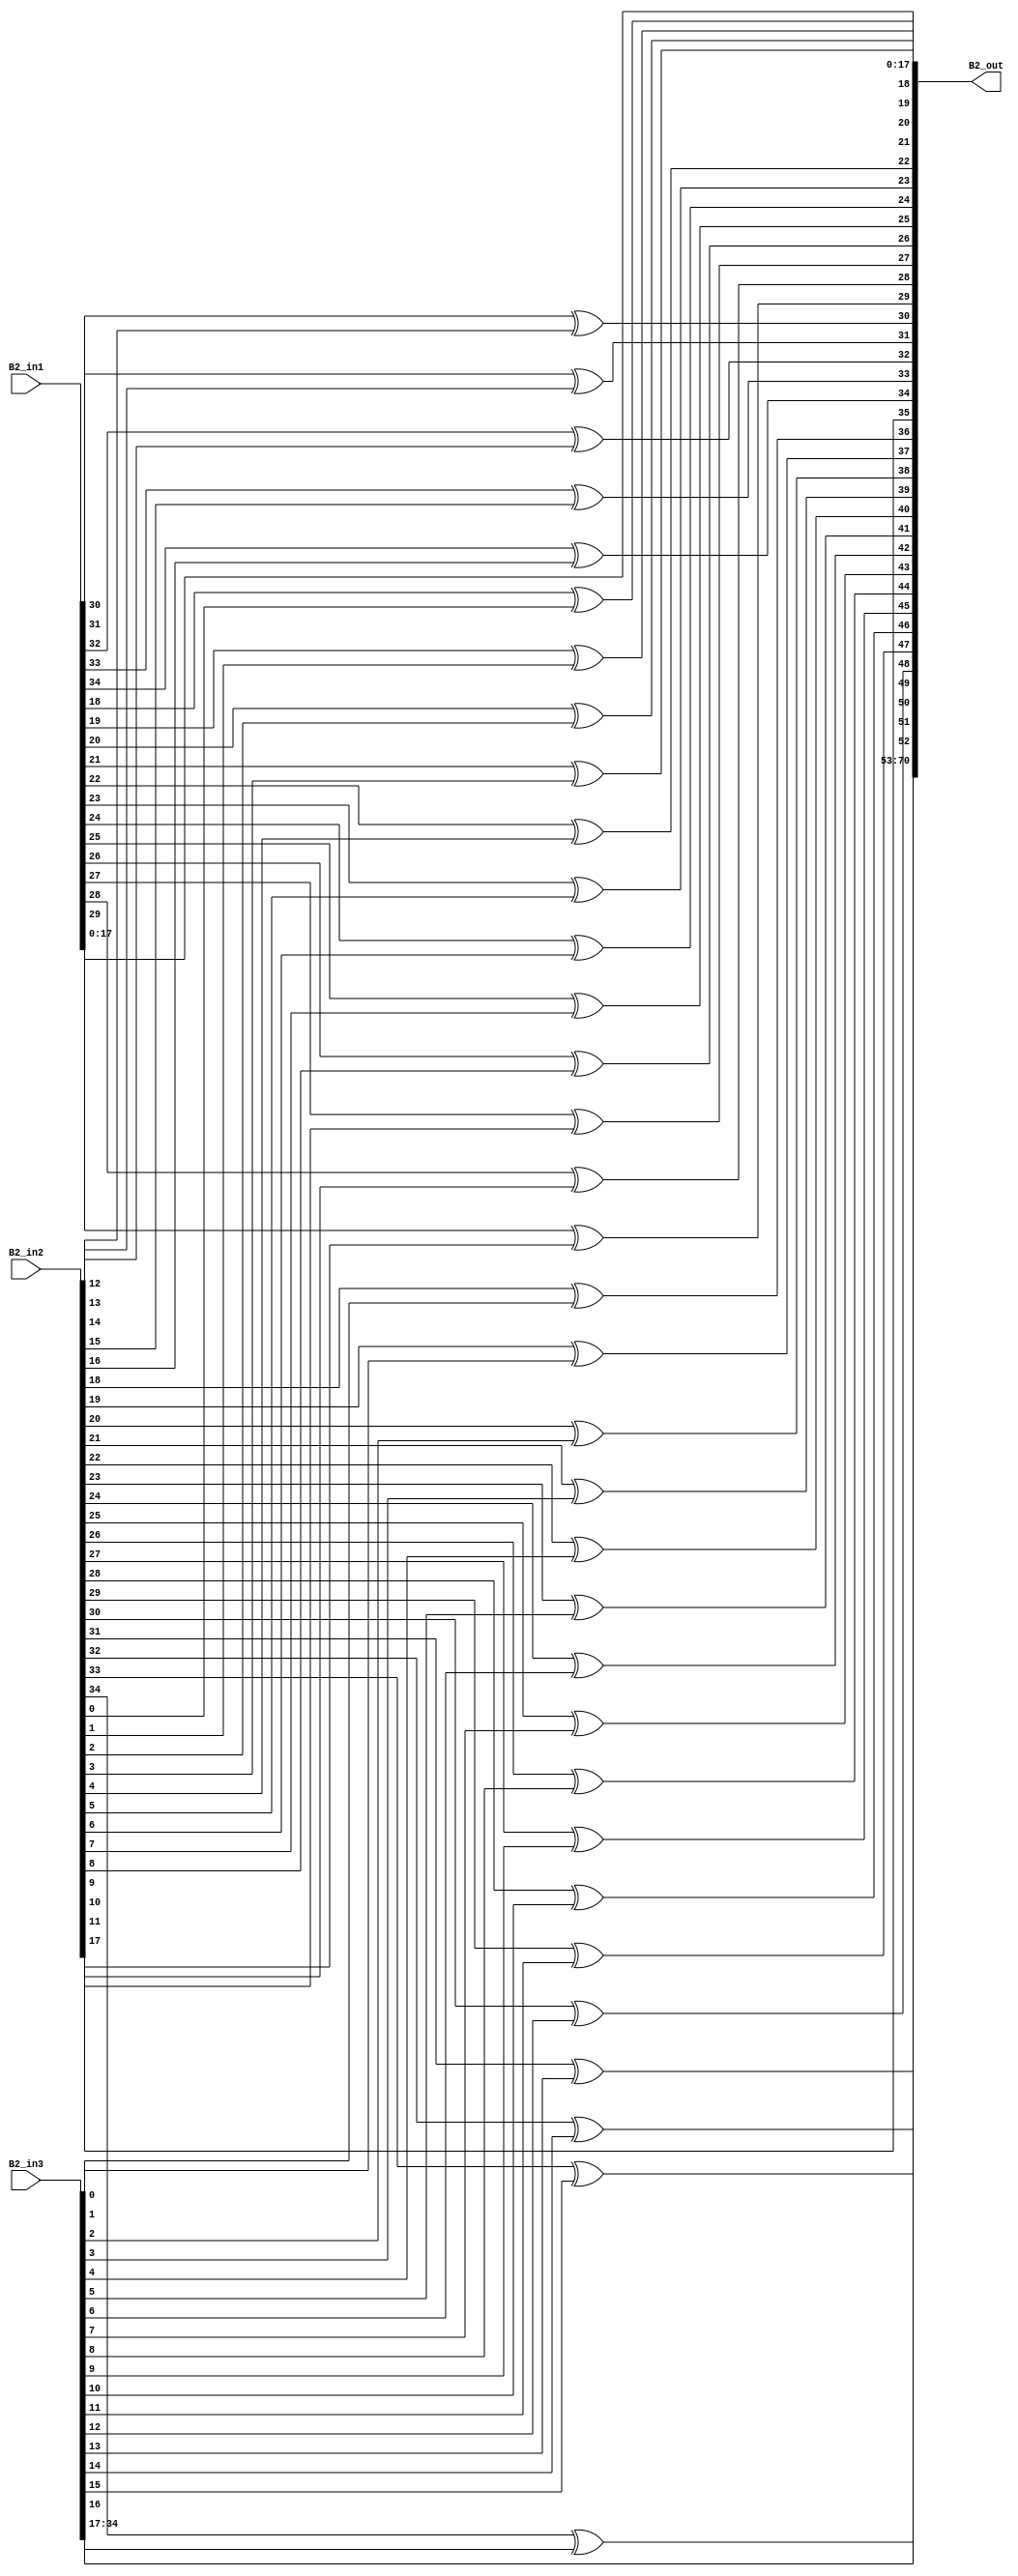
`timescale 1ns / 1ps 
//////////////////////////////////////////////////////////////////////////////////  
// Company:    
 // Engineer:   
 //  // Create Date: 25.01.2022 23:34:48 
// Design Name:     
// Module Name: overlap_module 
 // Project Name:    
// Target Devices:  
// Tool Versions:   
// Description: 
//              
// Dependencies:   
 //  
// Revision:       
 // Revision 0.01 - File Created 
// Additional Comments: 
//  
//////////////////////////////////////////////////////////////////////////////////  
    
    
module overlap_module_36bit(     
    B2_in1,                
    B2_in2,             
    B2_in3,   
    B2_out 
    );     


parameter n = 36;
    
input [n-2:0] B2_in1;   
input [n-2:0] B2_in2;    
input [n-2:0] B2_in3;    

output [2*n-2:0] B2_out;  
    


assign B2_out[0] = B2_in1[0];

assign B2_out[1] = B2_in1[1];

assign B2_out[2] = B2_in1[2];

assign B2_out[3] = B2_in1[3];

assign B2_out[4] = B2_in1[4];

assign B2_out[5] = B2_in1[5];

assign B2_out[6] = B2_in1[6];

assign B2_out[7] = B2_in1[7];

assign B2_out[8] = B2_in1[8];

assign B2_out[9] = B2_in1[9];

assign B2_out[10] = B2_in1[10];

assign B2_out[11] = B2_in1[11];

assign B2_out[12] = B2_in1[12];

assign B2_out[13] = B2_in1[13];

assign B2_out[14] = B2_in1[14];

assign B2_out[15] = B2_in1[15];

assign B2_out[16] = B2_in1[16];

assign B2_out[17] = B2_in1[17];

assign B2_out[18] = B2_in1[18]^ B2_in2[0];

assign B2_out[19] = B2_in1[19]^ B2_in2[1];

assign B2_out[20] = B2_in1[20]^ B2_in2[2];

assign B2_out[21] = B2_in1[21]^ B2_in2[3];

assign B2_out[22] = B2_in1[22]^ B2_in2[4];

assign B2_out[23] = B2_in1[23]^ B2_in2[5];

assign B2_out[24] = B2_in1[24]^ B2_in2[6];

assign B2_out[25] = B2_in1[25]^ B2_in2[7];

assign B2_out[26] = B2_in1[26]^ B2_in2[8];

assign B2_out[27] = B2_in1[27]^ B2_in2[9];

assign B2_out[28] = B2_in1[28]^ B2_in2[10];

assign B2_out[29] = B2_in1[29]^ B2_in2[11];

assign B2_out[30] = B2_in1[30]^ B2_in2[12];

assign B2_out[31] = B2_in1[31]^ B2_in2[13];

assign B2_out[32] = B2_in1[32]^ B2_in2[14];

assign B2_out[33] = B2_in1[33]^ B2_in2[15];

assign B2_out[34] = B2_in1[34]^ B2_in2[16];

assign B2_out[35] = B2_in2[17];

assign B2_out[36] = B2_in2[18]^B2_in3[0];

assign B2_out[37] = B2_in2[19]^B2_in3[1];

assign B2_out[38] = B2_in2[20]^B2_in3[2];

assign B2_out[39] = B2_in2[21]^B2_in3[3];

assign B2_out[40] = B2_in2[22]^B2_in3[4];

assign B2_out[41] = B2_in2[23]^B2_in3[5];

assign B2_out[42] = B2_in2[24]^B2_in3[6];

assign B2_out[43] = B2_in2[25]^B2_in3[7];

assign B2_out[44] = B2_in2[26]^B2_in3[8];

assign B2_out[45] = B2_in2[27]^B2_in3[9];

assign B2_out[46] = B2_in2[28]^B2_in3[10];

assign B2_out[47] = B2_in2[29]^B2_in3[11];

assign B2_out[48] = B2_in2[30]^B2_in3[12];

assign B2_out[49] = B2_in2[31]^B2_in3[13];

assign B2_out[50] = B2_in2[32]^B2_in3[14];

assign B2_out[51] = B2_in2[33]^B2_in3[15];

assign B2_out[52] = B2_in2[34]^B2_in3[16];

assign B2_out[53] = B2_in3[17];

assign B2_out[54] = B2_in3[18];

assign B2_out[55] = B2_in3[19];

assign B2_out[56] = B2_in3[20];

assign B2_out[57] = B2_in3[21];

assign B2_out[58] = B2_in3[22];

assign B2_out[59] = B2_in3[23];

assign B2_out[60] = B2_in3[24];

assign B2_out[61] = B2_in3[25];

assign B2_out[62] = B2_in3[26];

assign B2_out[63] = B2_in3[27];

assign B2_out[64] = B2_in3[28];

assign B2_out[65] = B2_in3[29];

assign B2_out[66] = B2_in3[30];

assign B2_out[67] = B2_in3[31];

assign B2_out[68] = B2_in3[32];

assign B2_out[69] = B2_in3[33];

assign B2_out[70] = B2_in3[34];

endmodule